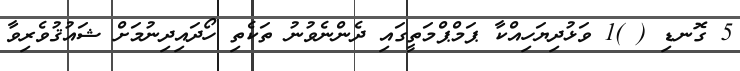
5 ގޮނޑި ( )1 ވަޅުދިޔަހިއްކާ ޕަމްޕްމަތީގައި ދެންނެވުނު ތަކެތި ހޯދައިދިނުމަށް ޝައުޤުވެރިވާ